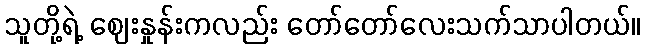
သူတို့ရဲ့ ဈေးနှုန်းကလည်း တော်တော်လေးသက်သာပါတယ်။